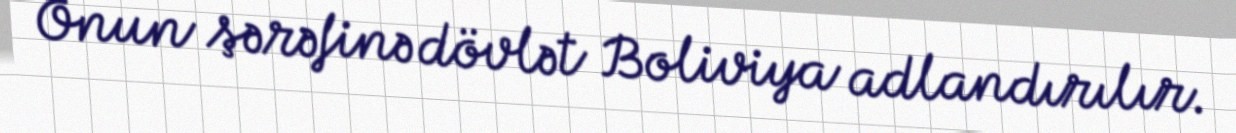
Onun şərəfinə dövlət Boliviya adlandırılır.